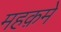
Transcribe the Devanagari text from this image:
महक़मे